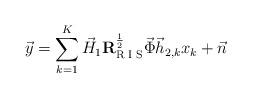
LaTeX: \begin{align*}\vec{y} = \sum\limits_{k=1}^K \vec{H}_1 \mathbf{R}_{\textrm{R I S}}^{\frac{1}{2}} \vec{\Phi} \vec{h}_{2,k} x_k + \vec{n}\end{align*}